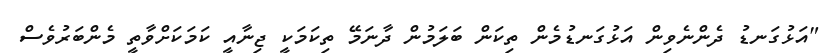
"އަޅުގަނޑު ދެންނެވިން އަޅުގަނޑުމެން ތިކަން ބަލަމުން ދާނަމޭ ތިކަމަކީ ޖިނާއީ ކަމަކަށްވާތީ މެންބަރުވެސް